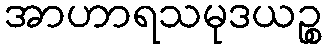
အာဟာရသမုဒယဉ္စ